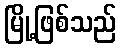
မြို့ဖြစ်သည်